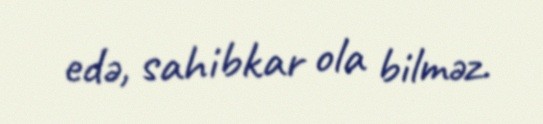
edə, sahibkar ola bilməz.